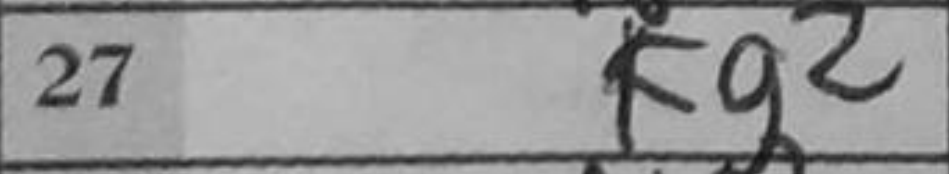
Transcription: Kg2